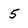
Character: 5